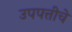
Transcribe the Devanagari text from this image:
उपपत्तीचे